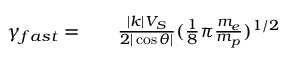
\begin{array} { r l r } { \gamma _ { f a s t } = } & { { } } & { \frac { | k | V _ { S } } { 2 | \cos \theta | } ( \frac { 1 } { 8 } \pi \frac { m _ { e } } { m _ { p } } ) ^ { 1 / 2 } } \end{array}